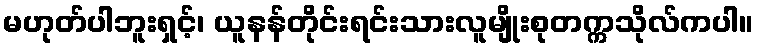
မဟုတ်ပါဘူးရှင့်၊ ယူနန်တိုင်းရင်းသားလူမျိုးစုတက္ကသိုလ်ကပါ။